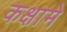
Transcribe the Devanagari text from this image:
कक्षामे